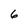
Character: 6